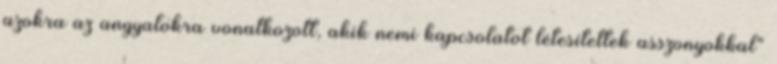
azokra az angyalokra vonatkozott, akik nemi kapcsolatot létesítettek asszonyokkal"